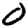
Digit: 0